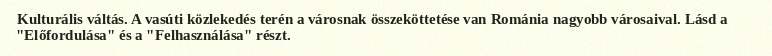
Kulturális váltás. A vasúti közlekedés terén a városnak összeköttetése van Románia nagyobb városaival. Lásd a "Előfordulása" és a "Felhasználása" részt.